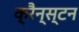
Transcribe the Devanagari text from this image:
क्रैन्स्टन